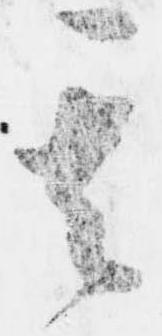
其